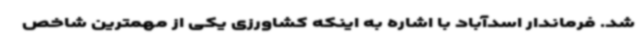
شد. فرماندار اسدآباد با اشاره به اینکه کشاورزی یکی از مهمترین شاخص